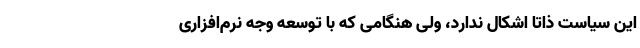
این سیاست ذاتاً اشکال ندارد، ولی هنگامی که با توسعه وجه نرم‌افزاری